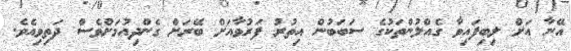
އޭނާ އަށް ލިބިފައިވާ ގެއްލުންތަކުގެ ސަބަބުން އިތުރު ފަރުވާއަށް ބޭރަށް ގެންދިއުމަށްވެސް ދަތިވިއެވެ.